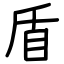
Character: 盾